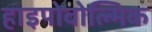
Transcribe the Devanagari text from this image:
हाइपोवोल्मिक